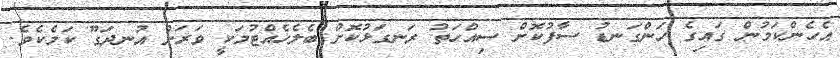
އެހެންކަމުން ގައިގެ ހަންގަނޑު ސާފުކޮށް ސިއްހަތު ރަނގަޅުކޮށް ބެލެހެއްޓުމަކީ ވަރަށް އުނދަގޫ ކަމެކެވެ.